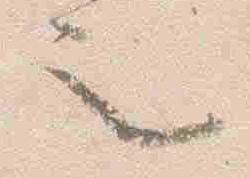
也